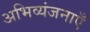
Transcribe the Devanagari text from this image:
अभिव्यंजनाएँ